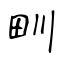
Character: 甽